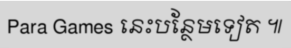
Para Games នេះបន្ថែមទៀត ៕